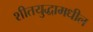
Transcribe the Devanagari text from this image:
शीतयुद्धामधील